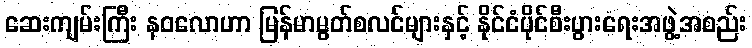
ဆေးကျမ်းကြီး နဝလောဟာ မြန်မာမွတ်စလင်များနှင့် နိုင်ငံပိုင်စီးပွားရေးအဖွဲ့အစည်း